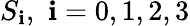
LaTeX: S_{\mathbf{i}},\, \, \mathbf{i}=0,1,2,3